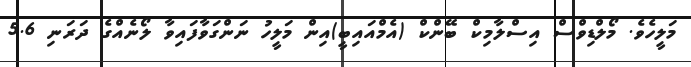
މަލީހެވެ. މޯލްޑިވްސް އިސްލާމިކް ބޭންކް (އެމްއައިބީ)އިން މަލީހު ނަންގަވާފައިވާ ލޯނެއްގެ ދަރަނި 5.6